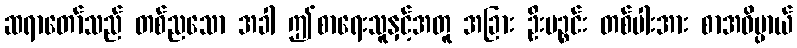
ဆရာတော်သည် တစ်ညသော အခါ ဤစာရေးသူနှင့်အတူ အခြား ဦးပဉ္စင်း တစ်ပါးအား စာအဓိပ္ပာယ်